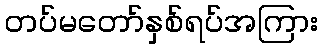
တပ်မတော်နှစ်ရပ်အကြား